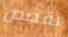
بقصص